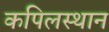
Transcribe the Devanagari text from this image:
कपिलस्थान